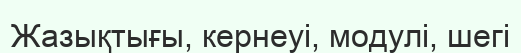
Жазықтығы, кернеуі, модулі, шегі